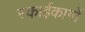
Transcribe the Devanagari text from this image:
स्काईकार्गो